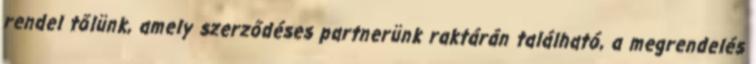
rendel tőlünk, amely szerződéses partnerünk raktárán található, a megrendelés